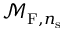
\mathcal { M } _ { \mathrm { F } , { n _ { \mathrm { s } } } }